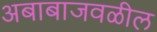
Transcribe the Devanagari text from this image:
अबाबाजवळील